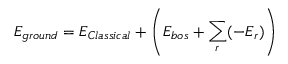
E _ { g r o u n d } = E _ { C l a s s i c a l } + \left( E _ { b o s } + \sum _ { r } ( - E _ { r } ) \right)